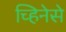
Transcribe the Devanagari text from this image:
च्हिनेसे